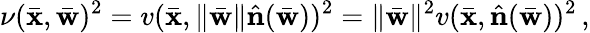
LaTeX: \nu(\bar{\mathbf x},\bar{\mathbf w})^{2}=v(\bar{\mathbf x},\| \bar{\mathbf w}\| \hat{\mathbf n}(\bar{\mathbf w}))^{2}=\| \bar{\mathbf w}\| ^{2}v(\bar{\mathbf x},\hat{\mathbf n}(\bar{\mathbf w}))^{2}\, ,